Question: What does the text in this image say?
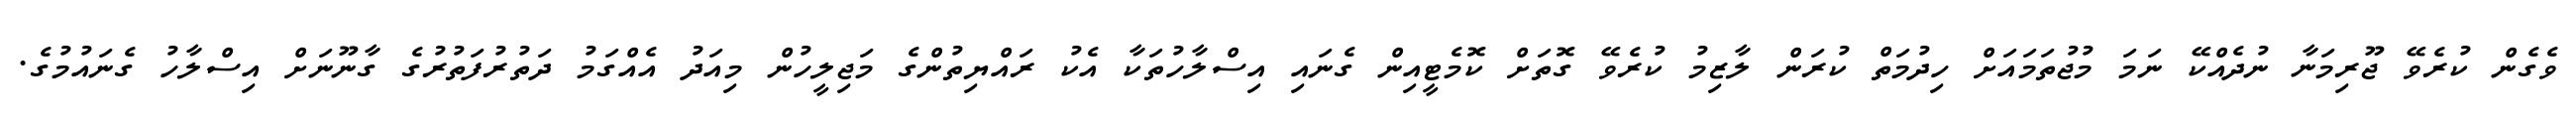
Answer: ވެގެން ކުރެވޭ ޖޫރިމަނާ ނުދެއްކޭ ނަމަ މުޖުތަމައަށް ހިދުމަތް ކުރަން ލާޒިމު ކުރެވޭ ގޮތަށް ކޮމެޓީއިން ގެނައި އިސްލާހުތަކާ އެކު ރައްޔިތުންގެ މަޖިލީހުން މިއަދު އެއްގަމު ދަތުރުފަތުރުގެ ގާނޫނަށް އިސްލާހު ގެނައުމުގެ.